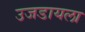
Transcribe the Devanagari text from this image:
उजडायला